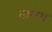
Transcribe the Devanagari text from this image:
वाशेम